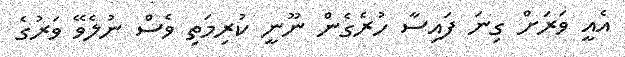
އެއީ ވަރަށް ގިނަ ފައިސާ ހުރެގެން ނޫނީ ކުރިމަތި ވެސް ނުލެވޭ ވަރުގެ